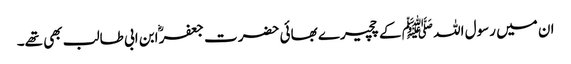
ان میں رسول اللہ ﷺ کے چچیرے بھائی حضرت جعفرؓ ابن ابی طالب بھی تھے۔